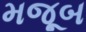
મજૂબ